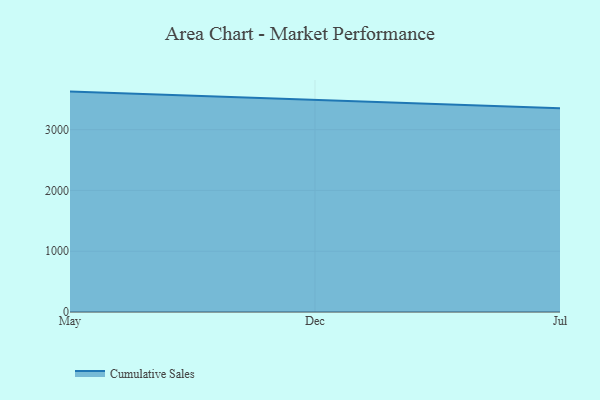
{"axis": {"x": "Month", "y": "Headcount"}, "legend": ["Cumulative Sales"], "data": [{"x": "May", "y": 3625.9, "type": "Cumulative Sales"}, {"x": "Dec", "y": 3491.0, "type": "Cumulative Sales"}, {"x": "Jul", "y": 3352.7, "type": "Cumulative Sales"}]}